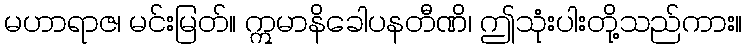
မဟာရာဇ၊ မင်းမြတ်။ ဣမာနိခေါပနတီဏိ၊ ဤသုံးပါးတို့သည်ကား။